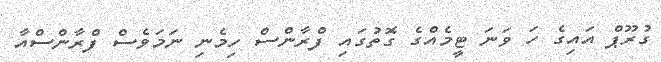
ގުރޫޕް އައިގެ ހަ ވަނަ ޓީމެއްގެ ގޮތުގައި ފްރާންސް ހިމެނި ނަމަވެސް ފްރާންސްއާ